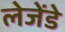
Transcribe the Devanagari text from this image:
लेजेंडे